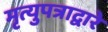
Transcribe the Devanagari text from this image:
मृत्युपत्राद्वारे